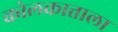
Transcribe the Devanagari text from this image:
कोलकात्ताला